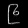
Digit: ၉